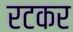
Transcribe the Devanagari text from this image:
रटकर